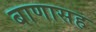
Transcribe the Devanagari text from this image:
बाणासह